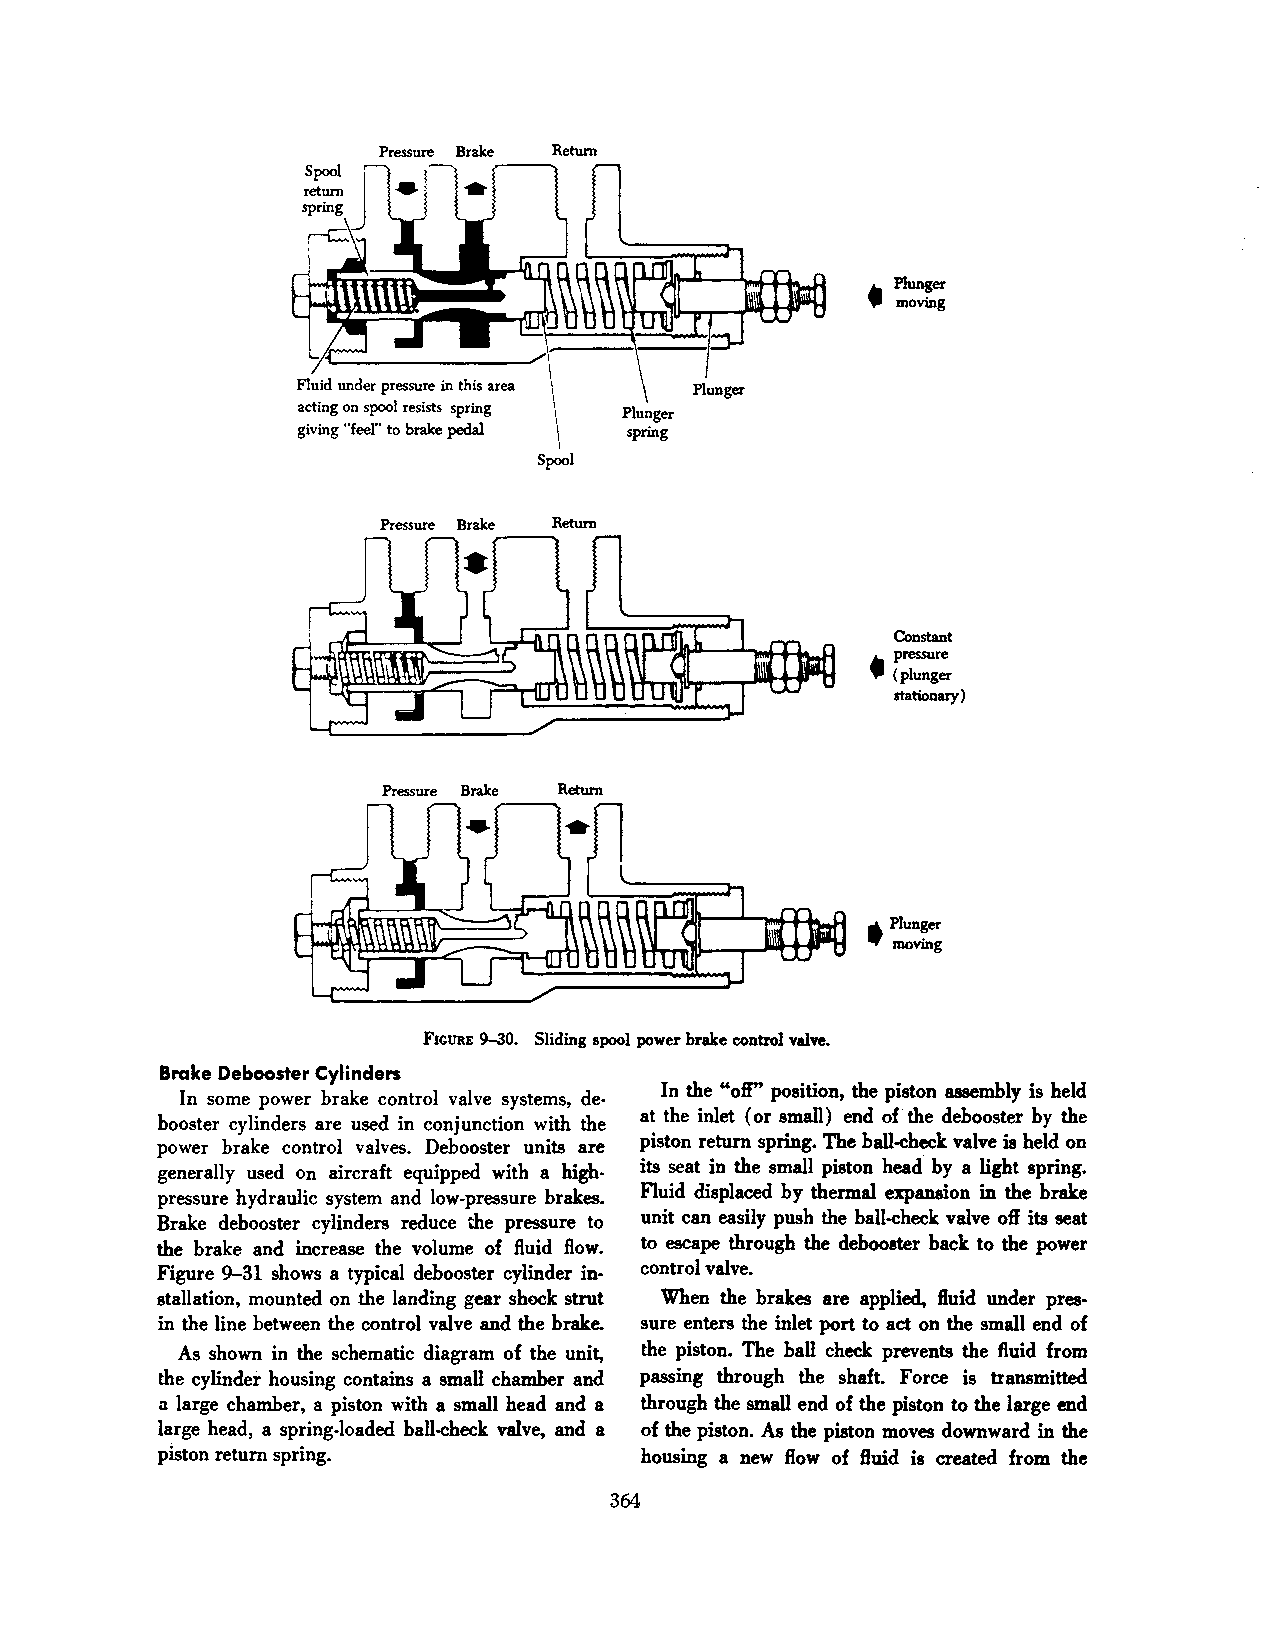
Pressure Brake Return
 _.Plunger
 ,. moving
 F1uid under pressure in this area Plunger
 acting on spool resists spring
 giving "feel" to brake pedal
 Spool
 Pressure Brake Return
 Constant
 _.pressure
 ,. (plunger
 stationary)
 Pressure Brake Return
 Plunger
 •
 moving
 FIGURE 9-30. Sliding spool power brake control valve.
 Brake Debooster Cylinders
 In the "oft" position, the piston assembly is held
 In some power brake control valve systems, de
 at the inlet (or small) end of· the debooster by the
 booster cylinders are used in conjunction with the
 power brake control valves. Debooster units are piston return spring. The ball-check valve is held on
 generally used on aircraft equipped with a high its seat in the small piston head by a light spring.
 pressure hydraulic system and low-pressure brakes. Fluid displaced by thermal expansion in the brake
 Brake debooster cylinders reduce the pressure to unit can easily push the ball-check valve oft its seat
 the brake and increase the volume of fluid flow. to escape through the debooster back to the power
 Figure 9-31 shows a typical debooster cylinder in control valve.
 stallation, mounted on the landing gear shock strut When the brakes are applied, fluid under pres
 in the line between the control valve and the brake. sure enters the inlet port to act on the small end of
 As shown in the schematic diagram of the unit, the piston. The ball check prevents the fluid from
 the cylinder housing contains a small chamber and passing through the shaft. Force is transmitted
 a large chamber, a piston with a small head and a through the small end of the piston to the large end
 large head, a spring-loaded ball-check valve, and a of the piston. As the piston moves downward in the
 piston return spring.           housing a new flow of fluid is created from the
 364